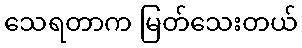
သေရတာက မြတ်သေးတယ်